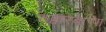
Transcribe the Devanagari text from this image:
ठक्करबाप्पा